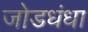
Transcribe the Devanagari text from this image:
जोडधंधा